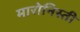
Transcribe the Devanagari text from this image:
मारोनिस्ती